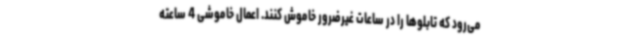
می‌رود که تابلوها را در ساعات غیرضرور خاموش کنند. اعمال خاموشی 4 ساعته